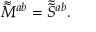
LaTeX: \tilde { \tilde { M } } { } ^ { a b } = \tilde { \tilde { S } } { } ^ { a b } .